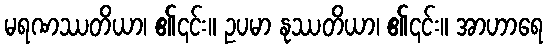
မရဏဿတိယာ၊ ၏၎င်း။ ဥပမာ နုဿတိယာ၊ ၏၎င်း။ အာဟာရေ